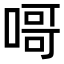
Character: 𠹭